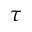
\tau